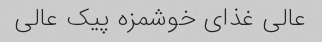
عالی غذای خوشمزه پیک عالی